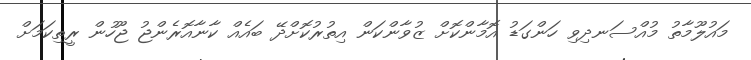
މައުލޫމާތު މުއްސަނދިވި ހަންގަޑު އޮމާންކޮށް ޒުވާންކަން އިތުރުކޮށްދޭ ބައެއް ކާނާއޮރެންޖު ޖޫހުން ރީތިކަމަށް